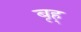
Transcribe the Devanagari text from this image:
बृह्